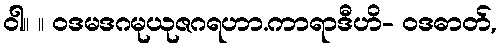
ဝါ။ ။ ဝဒမဒဂမုယုဇဂရဟာ.ကာရာဒီဟိ- ဝဒဓာတ်,